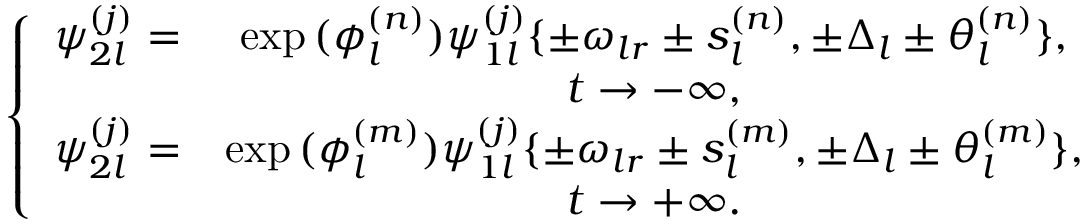
\begin{array} { r } { \left\{ \begin{array} { c c c } { \psi _ { 2 l } ^ { ( j ) } = } & { \exp { ( \phi _ { l } ^ { ( n ) } ) } \psi _ { 1 l } ^ { ( j ) } \{ \pm \omega _ { l r } \pm s _ { l } ^ { ( n ) } , \pm \Delta _ { l } \pm \theta _ { l } ^ { ( n ) } \} , } \\ & { t \rightarrow - \infty , } \\ { \psi _ { 2 l } ^ { ( j ) } = } & { \exp { ( \phi _ { l } ^ { ( m ) } ) } \psi _ { 1 l } ^ { ( j ) } \{ \pm \omega _ { l r } \pm s _ { l } ^ { ( m ) } , \pm \Delta _ { l } \pm \theta _ { l } ^ { ( m ) } \} , } \\ & { t \rightarrow + \infty . } \end{array} \right. } \end{array}